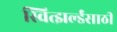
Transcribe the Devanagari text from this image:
स्वित्झर्ल्डंसाठी